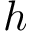
h